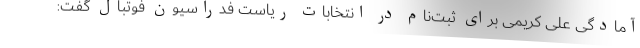
آمادگی علی کریمی برای ثبت‌نام در انتخابات ریاست فدراسیون فوتبال گفت: